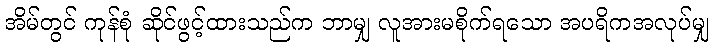
အိမ်တွင် ကုန်စုံ ဆိုင်ဖွင့်ထားသည်က ဘာမျှ လူအားမစိုက်ရသော အပရိကအလုပ်မျှ